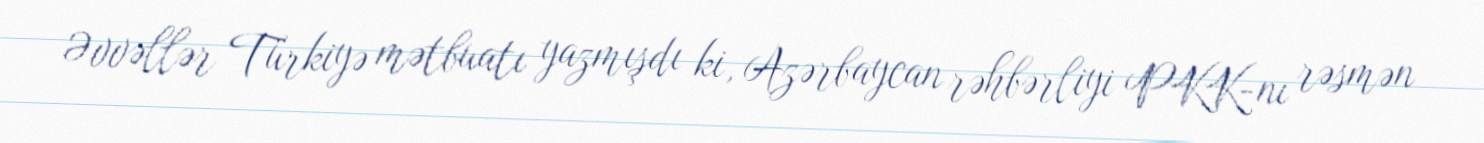
Əvvəllər Türkiyə mətbuatı yazmışdı ki, Azərbaycan rəhbərliyi PKK-nı rəsmən